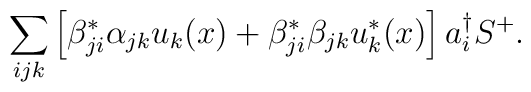
\sum_{ijk}\left[\beta^{*}_{ji}\alpha_{jk}u_{k}(x)+\beta_{ji}^{*}\beta_{jk}u_{k}^{*}(x)\right]a_{i}^{\dag}S^{+}.